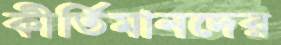
কীর্তিমানদের